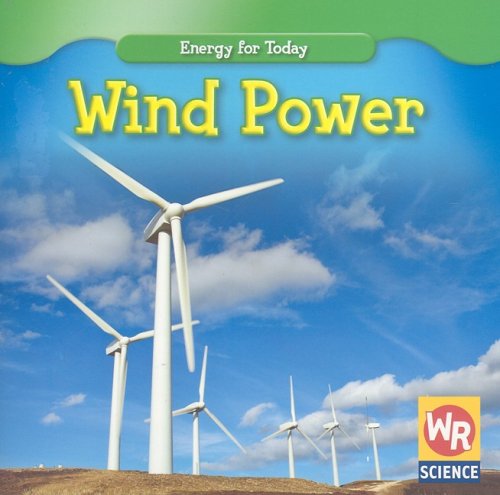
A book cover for Wind Power (Energy for Today); Tea Benduhn; Children's Books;